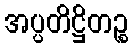
အပ္ပတိဋ္ဌိတဉ္စ